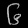
Digit: ၆